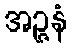
အဉ္ဇနံ